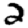
Digit: 2